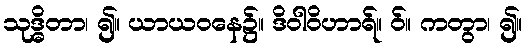
သုဒ္ဓိတာ၊ ၍။ ယာယဝနေ၌။ ဒိဝါဝိဟာရ်။ ဝ်။ ကတွာ၊ ၍။